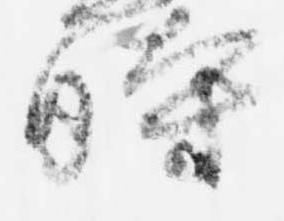
時